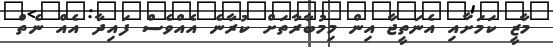
މާޒީ ކަމަށާއި އެނަތީޖާ އިން މިމުބާރާތަށް ކުރާނެ އެއްވެސް ފައިދާ އެއް ނެތް